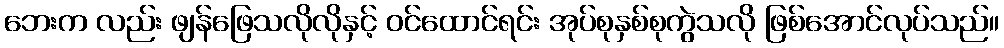
ဘေးက လည်း ဖျန်ဖြေသလိုလိုနှင့် ဝင်ထောင်ရင်း အုပ်စုနှစ်စုကွဲသလို ဖြစ်အောင်လုပ်သည်။